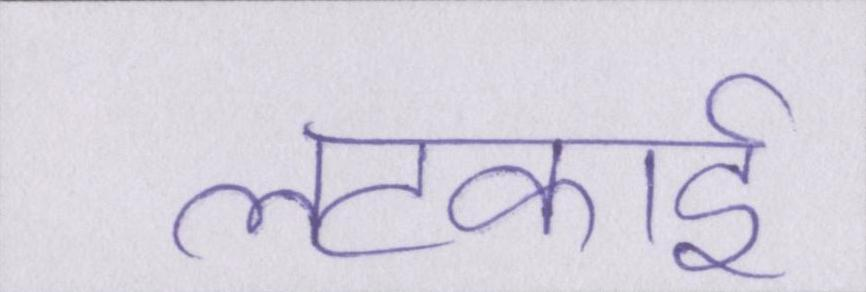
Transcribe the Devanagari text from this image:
लटकाई